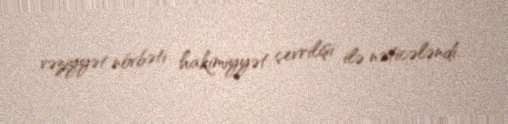
vəziyyət növbəti hakimiyyət çevrilişi ilə nəticələndi.